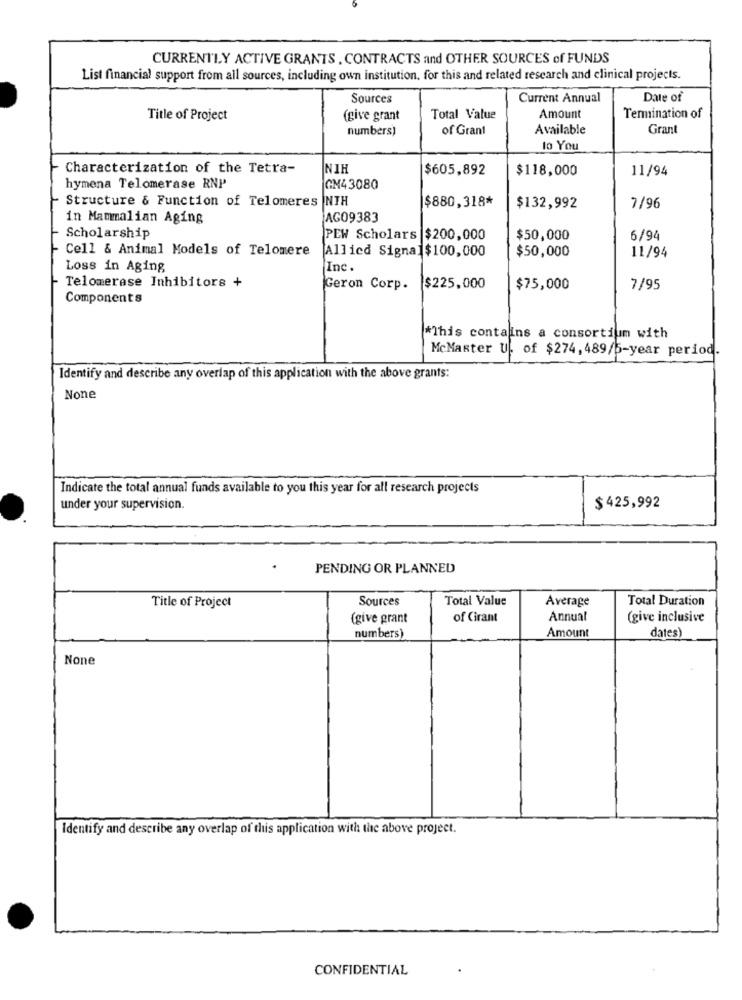
CURRENTLY ACTIVE GRANTS , CONTRACTS and OTHER SOURCES of FUNDS
List financial support from all sources, including own institution. for this and related research and clinical projects.
Sources
Current Annual
Date of
Amount
Title of Project
(give grant
Total Value
Termination of
numbers)
of Grant
Available
Grant
lo You
Characterization of the Tetra-
NIH
$605,892
$118,000
11/94
hymena Telomerase RNP
GM43080
Structure & Function of Telomeres NIH
$880,318*
$132,992
7/96
in Mammalian Aging
AG09383
Scholarship
PEW Scholars $200,000
$50,000
6/94
Cell & Animal Models of Telomere
Allied Signal$100,000
$50,000
11/94
Loss in Aging
Inc.
Telomerase Inhibitors +
Geron Corp.
$225,000
$75,000
7/95
Components
*This contains a consortium with
McMaster U. of $274, 489/5-year period.
Identify and describe any overlap of this application with the above grants:
Indicate the total annual funds available to you this year for all research projects
under your supervision.
$425,992
PENDING OR PLANNED
Title of Project
Sources
Total Value
Average
Total Duration
(give grant
of Cirant
Annual
(give inclusive
Amount
numbers)
dates)
Identify and describe any overlap of this application with the above project.
CONFIDENTIAL